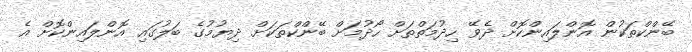
ބޭންކްތަކުން އޮންލައިންކޮށް ދެވޭ ހިދުމަތްތަށް ހޯދުމަށް ބޭންކްތަކަށް ދިޔުމުގެ ބަަލުގައި އޮންލައިންކޮށް އެ